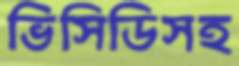
ভিসিডিসহ